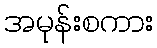
အမုန်းစကား